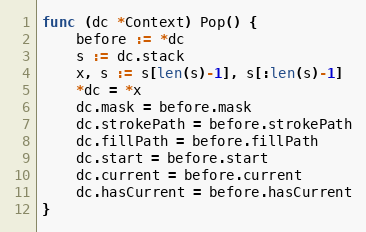
Language: Go
func (dc *Context) Pop() {
	before := *dc
	s := dc.stack
	x, s := s[len(s)-1], s[:len(s)-1]
	*dc = *x
	dc.mask = before.mask
	dc.strokePath = before.strokePath
	dc.fillPath = before.fillPath
	dc.start = before.start
	dc.current = before.current
	dc.hasCurrent = before.hasCurrent
}